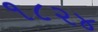
૧૮૨૪